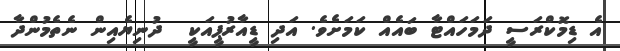
އެ ޑިމޮކްރަސީ ދަމަހައްޓާ ބައެއް ކަމަށެވެ. އަދި ޑީއާރުޕީއަކީ  ދުނިޔެއިން ނެތެމުންދާ